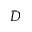
\bar { D }